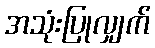
အသုံးပြုလျှက်